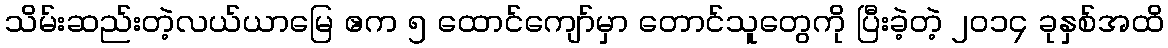
သိမ်းဆည်းတဲ့လယ်ယာမြေ ဧက ၅ ထောင်ကျော်မှာ တောင်သူတွေကို ပြီးခဲ့တဲ့ ၂၀၁၄ ခုနှစ်အထိ